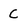
Character: C